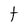
Character: t